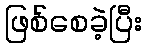
ဖြစ်စေခဲ့ပြီး